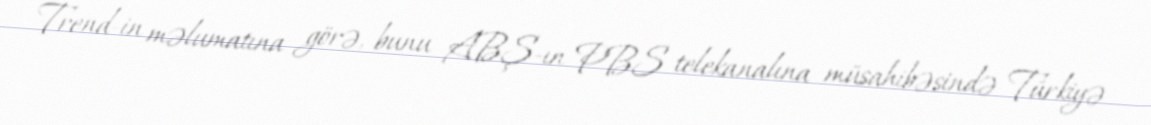
Trend-in məlumatına görə, bunu ABŞ-ın PBS telekanalına müsahibəsində Türkiyə